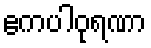
ဧကပါဝုရဏာ